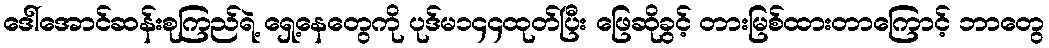
ဒေါ်အောင်ဆန်းစုကြည်ရဲ့ ရှေ့နေတွေကို ပုဒ်မ၁၄၄ထုတ်ပြီး ဖြေဆိုခွင့် တားမြစ်ထားတာကြောင့် ဘာတွေ